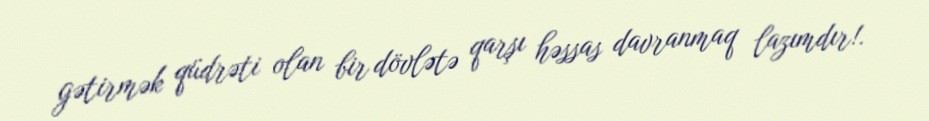
gətirmək qüdrəti olan bir dövlətə qarşı həssas davranmaq lazımdır!.